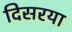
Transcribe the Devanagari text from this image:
दिसरया